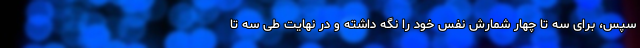
سپس، برای سه تا چهار شمارش نفس خود را نگه داشته و در نهایت طی سه تا